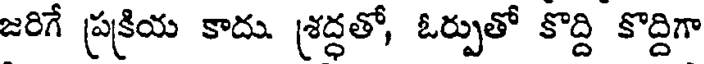
జరిగే ప్రక్రియ కాదు. శ్రద్ధతో, ఓర్పుతో కొద్ది కొద్దిగా